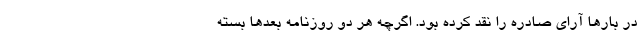
در بارها آرای صادره را نقد کرده بود. اگرچه هر دو روزنامه بعدها بسته